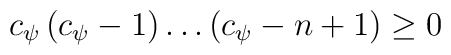
c_{\psi}\left(c_{\psi}-1\right)\dots\left(c_{\psi}-n+1\right)\geq 0